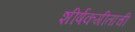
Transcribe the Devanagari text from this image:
शीर्षकगीताची